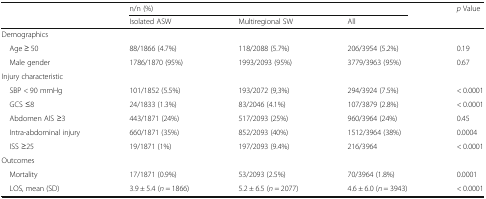
<table><thead><tr><td rowspan="2"></td><td colspan="3"><b>n/n (%)</b></td><td rowspan="2"><b><i>p</i> Value</b></td></tr><tr><td><b>Isolated ASW</b></td><td><b>Multiregional SW</b></td><td><b>All</b></td></tr></thead><tbody><tr><td colspan="5">Demographics</td></tr><tr><td> Age ≥ 50</td><td>88/1866 (4.7%)</td><td>118/2088 (5.7%)</td><td>206/3954 (5.2%)</td><td>0.19</td></tr><tr><td> Male gender</td><td>1786/1870 (95%)</td><td>1993/2093 (95%)</td><td>3779/3963 (95%)</td><td>0.67</td></tr><tr><td colspan="5">Injury characteristic</td></tr><tr><td> SBP &lt; 90 mmHg</td><td>101/1852 (5.5%)</td><td>193/2072 (9,3%)</td><td>294/3924 (7.5%)</td><td>&lt; 0.0001</td></tr><tr><td> GCS ≤8</td><td>24/1833 (1.3%)</td><td>83/2046 (4.1%)</td><td>107/3879 (2.8%)</td><td>&lt; 0.0001</td></tr><tr><td> Abdomen AIS ≥3</td><td>443/1871 (24%)</td><td>517/2093 (25%)</td><td>960/3964 (24%)</td><td>0.45</td></tr><tr><td> Intra-abdominal injury</td><td>660/1871 (35%)</td><td>852/2093 (40%)</td><td>1512/3964 (38%)</td><td>0.0004</td></tr><tr><td> ISS ≥25</td><td>19/1871 (1%)</td><td>197/2093 (9.4%)</td><td>216/3964</td><td>&lt; 0.0001</td></tr><tr><td colspan="5">Outcomes</td></tr><tr><td> Mortality</td><td>17/1871 (0.9%)</td><td>53/2093 (2.5%)</td><td>70/3964 (1.8%)</td><td>0.0001</td></tr><tr><td> LOS, mean (SD)</td><td>3.9 ± 5.4 (<i>n</i> = 1866)</td><td>5.2 ± 6.5 (<i>n</i> = 2077)</td><td>4.6 ± 6.0 (<i>n</i> = 3943)</td><td>&lt; 0.0001</td></tr></tbody></table>